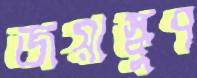
জয়াস্কুপ